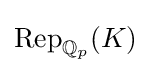
\mathrm {Rep} _{\mathbb {Q} _{p}}(K)